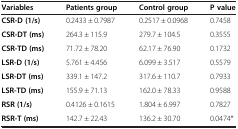
<table><thead><tr><td><b>Variables</b></td><td><b>Patients group</b></td><td><b>Control group</b></td><td><b>P value</b></td></tr></thead><tbody><tr><td><b>CSR-D (1/s)</b></td><td>0.2433 ± 0.7987</td><td>0.2517 ± 0.0968</td><td>0.7458</td></tr><tr><td><b>CSR-DT (ms)</b></td><td>264.3 ± 115.9</td><td>279.7 ± 104.5</td><td>0.3555</td></tr><tr><td><b>CSR-TD (ms)</b></td><td>71.72 ± 78.20</td><td>62.17 ± 76.90</td><td>0.1732</td></tr><tr><td><b>LSR-D (1/s)</b></td><td>5.761 ± 4.456</td><td>6.099 ± 3.517</td><td>0.5579</td></tr><tr><td><b>LSR-DT (ms)</b></td><td>339.1 ± 147.2</td><td>317.6 ± 110.7</td><td>0.7933</td></tr><tr><td><b>LSR-TD (ms)</b></td><td>155.9 ± 71.13</td><td>162.0 ± 78.33</td><td>0.9588</td></tr><tr><td><b>RSR (1/s)</b></td><td>0.4126 ± 0.1615</td><td>1.804 ± 6.997</td><td>0.7827</td></tr><tr><td><b>RSR-T (ms)</b></td><td>142.7 ± 22.43</td><td>136.2 ± 30.70</td><td>0.0474*</td></tr></tbody></table>